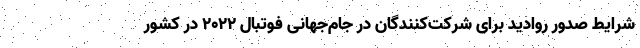
شرایط صدور روادید برای شرکت‌کنندگان در جام‌جهانی فوتبال ۲۰۲۲ در کشور